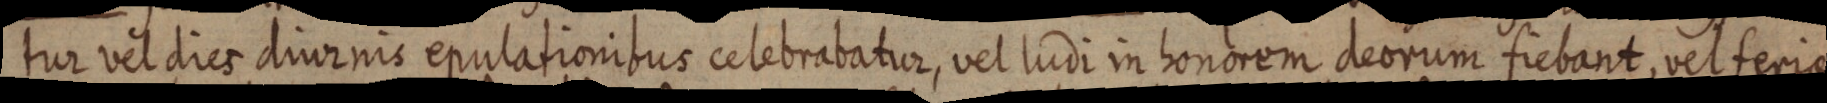
tur vel dies diurnis epulationitus celebrabatur, vel ludi in honorem deorum fiebant, vel feria